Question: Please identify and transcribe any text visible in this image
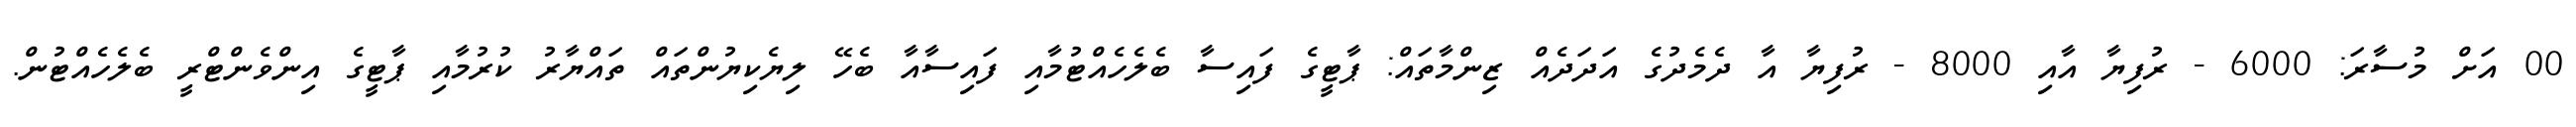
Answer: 00 އަށް މުސާރަ: 6000 - ރުފިޔާ އާއި 8000 - ރުފިޔާ އާ ދެމެދުގެ އަދަދެއް ޒިންމާތައް: ޕާޓީގެ ފައިސާ ބެލެހެއްޓުމާއި ފައިސާއާ ބެހޭ ލިޔެކިޔުންތައް ތައްޔާރު ކުރުމާއި ޕާޓީގެ އިންވެންޓްރީ ބެލެހެއްޓުން.